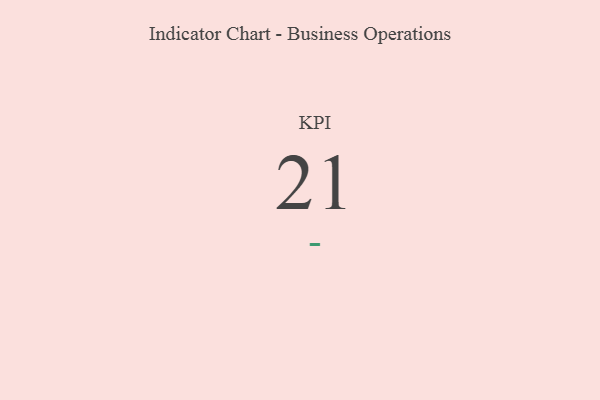
{"axis": {"x": "KPI", "y": "Value"}, "legend": [""], "data": [{"x": "KPI", "y": 21, "type": ""}]}